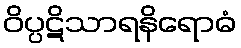
ဝိပ္ပဋိသာရနိရောဓံ